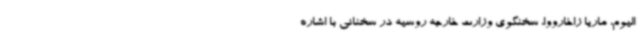
الیوم، ماریا زاخارووا، سخنگوی وزارت خارجه روسیه در سخنانی با اشاره